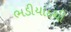
ભડીયાદથી